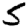
Digit: 5